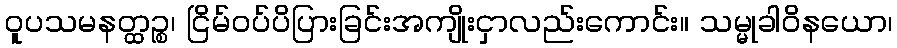
ဝူပသမနတ္ထဉ္စ၊ ငြိမ်ဝပ်ပိပြားခြင်းအကျိုးငှာလည်းကောင်း။ သမ္မုခါဝိနယော၊